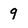
Character: 9